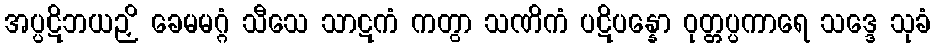
အပ္ပဋိဘယဉှိ ခေမမဂ္ဂံ သီသေ သာဋကံ ကတွာ သဏိကံ ပဋိပန္နော ဝုတ္တပ္ပကာရေ သဒ္ဒေ သုခံ